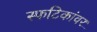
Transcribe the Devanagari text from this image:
स्फटिकांवर